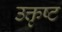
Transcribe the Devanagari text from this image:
उक्तृष्ट